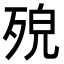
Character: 𣨆